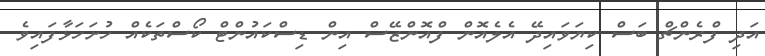
އަދި ފްރެންޗް ބަސް ކިޔަވައިދޭ އެލެއޮން ފްއޮންޒޭސް އިން ޑިސްކައުންޓް ކޯސްތަކެއް ހުށަހަޅާފައިވެ